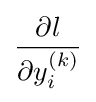
{\frac {\partial l}{\partial y_{i}^{(k)}}}